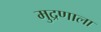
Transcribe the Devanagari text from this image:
मुद्रणाला